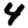
Digit: 4